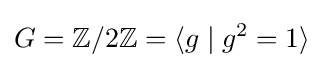
G=\mathbb {Z} /2\mathbb {Z} =\langle g\mid g^{2}=1\rangle